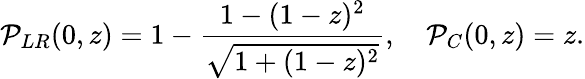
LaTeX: {\cal P}_{LR}(0,z)=1-\frac{1-(1-z)^{2}}{\sqrt{1+(1-z)^{2}}},\quad{\cal P}_{C}(0,z)=z.